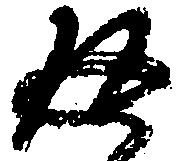
返